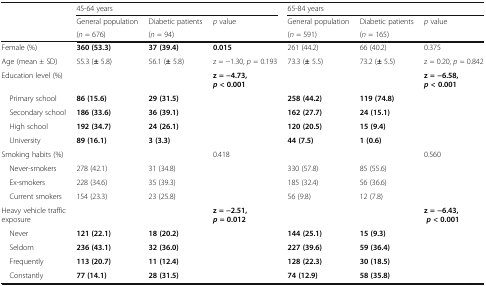
<table><thead><tr><td></td><td colspan="3"><b>45-64 years</b></td><td colspan="3"><b>65-84 years</b></td></tr><tr><td></td><td><b>General population</b></td><td><b>Diabetic patients</b></td><td><b><i>p</i> value</b></td><td><b>General population</b></td><td><b>Diabetic patients</b></td><td><b><i>p</i> value</b></td></tr><tr><td></td><td><b>(<i>n</i> = 676)</b></td><td><b>(<i>n</i> = 94)</b></td><td></td><td><b>(<i>n</i> = 591)</b></td><td><b>(<i>n</i> = 165)</b></td><td></td></tr></thead><tbody><tr><td>Female (%)</td><td><b>360 (53.3)</b></td><td><b>37 (39.4)</b></td><td><b>0.015</b></td><td>261 (44.2)</td><td>66 (40.2)</td><td>0.375</td></tr><tr><td>Age (mean ± SD)</td><td>55.3 (<b>±</b> 5.8)</td><td>56.1 (<b>±</b> 5.8)</td><td>z = −1.30, <i>p</i> = 0.193</td><td>73.3 (<b>±</b> 5.5)</td><td>73.2 (<b>±</b> 5.5)</td><td>z = 0.20, <i>p</i> = 0.842</td></tr><tr><td>Education level (%)</td><td></td><td></td><td><b>z = −4.73,</b><b><i>p</i></b> <b>&lt; 0.001</b></td><td></td><td></td><td><b>z = −6.58,</b><b><i>p</i></b> <b>&lt; 0.001</b></td></tr><tr><td> Primary school</td><td><b>86 (15.6)</b></td><td><b>29 (31.5)</b></td><td></td><td><b>258 (44.2)</b></td><td><b>119 (74.8)</b></td><td></td></tr><tr><td> Secondary school</td><td><b>186 (33.6)</b></td><td><b>36 (39.1)</b></td><td></td><td><b>162 (27.7)</b></td><td><b>24 (15.1)</b></td><td></td></tr><tr><td> High school</td><td><b>192 (34.7)</b></td><td><b>24 (26.1)</b></td><td></td><td><b>120 (20.5)</b></td><td><b>15 (9.4)</b></td><td></td></tr><tr><td> University</td><td><b>89 (16.1)</b></td><td><b>3 (3.3)</b></td><td></td><td><b>44 (7.5)</b></td><td><b>1 (0.6)</b></td><td></td></tr><tr><td>Smoking habits (%)</td><td></td><td></td><td>0.418</td><td></td><td></td><td>0.560</td></tr><tr><td> Never-smokers</td><td>278 (42.1)</td><td>31 (34.8)</td><td></td><td>330 (57.8)</td><td>85 (55.6)</td><td></td></tr><tr><td> Ex-smokers</td><td>228 (34.6)</td><td>35 (39.3)</td><td></td><td>185 (32.4)</td><td>56 (36.6)</td><td></td></tr><tr><td> Current smokers</td><td>154 (23.3)</td><td>23 (25.8)</td><td></td><td>56 (9.8)</td><td>12 (7.8)</td><td></td></tr><tr><td>Heavy vehicle traffic exposure</td><td></td><td></td><td><b>z = −2.51,</b><b><i>p</i></b> <b>= 0.012</b></td><td></td><td></td><td><b>z = −6.43,</b><b><i>p</i></b> <b>&lt; 0.001</b></td></tr><tr><td> Never</td><td><b>121 (22.1)</b></td><td><b>18 (20.2)</b></td><td></td><td><b>144 (25.1)</b></td><td><b>15 (9.3)</b></td><td></td></tr><tr><td> Seldom</td><td><b>236 (43.1)</b></td><td><b>32 (36.0)</b></td><td></td><td><b>227 (39.6)</b></td><td><b>59 (36.4)</b></td><td></td></tr><tr><td> Frequently</td><td><b>113 (20.7)</b></td><td><b>11 (12.4)</b></td><td></td><td><b>128 (22.3)</b></td><td><b>30 (18.5)</b></td><td></td></tr><tr><td> Constantly</td><td><b>77 (14.1)</b></td><td><b>28 (31.5)</b></td><td></td><td><b>74 (12.9)</b></td><td><b>58 (35.8)</b></td><td></td></tr></tbody></table>